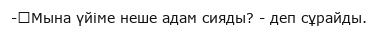
-	Мына үйіме неше адам сияды? - деп сұрайды.